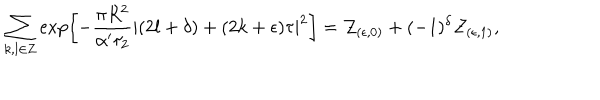
\sum _ { k , l \in { \bf Z } } \exp \left[ - \frac { \pi R ^ { 2 } } { \alpha ^ { \prime } \tau _ { 2 } } | ( 2 l + \delta ) + ( 2 k + \epsilon ) \tau | ^ { 2 } \right] = { \cal Z } _ { ( \epsilon , 0 ) } + ( - 1 ) ^ { \delta } { \cal Z } _ { ( \epsilon , 1 ) } ,